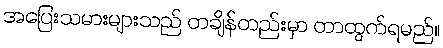
အပြေးသမားများသည် တချိန်တည်းမှာ တာထွက်ရမည်။